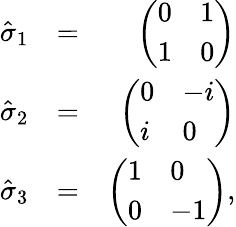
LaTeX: \begin{array}{rlr}{\hat{\sigma}_{1}}&{=}&{\left(\begin{array}{ll}{0}&{1}\\ {1}&{0}\end{array}\right)}\\ {\hat{\sigma}_{2}}&{=}&{\left(\begin{array}{ll}{0}&{-i}\\ {i}&{0}\end{array}\right)}\\ {\hat{\sigma}_{3}}&{=}&{\left(\begin{array}{ll}{1}&{0}\\ {0}&{-1}\end{array}\right),}\end{array}